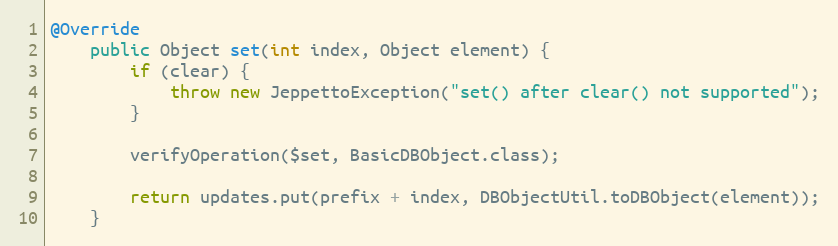
Language: Java
@Override
    public Object set(int index, Object element) {
        if (clear) {
            throw new JeppettoException("set() after clear() not supported");
        }

        verifyOperation($set, BasicDBObject.class);

        return updates.put(prefix + index, DBObjectUtil.toDBObject(element));
    }